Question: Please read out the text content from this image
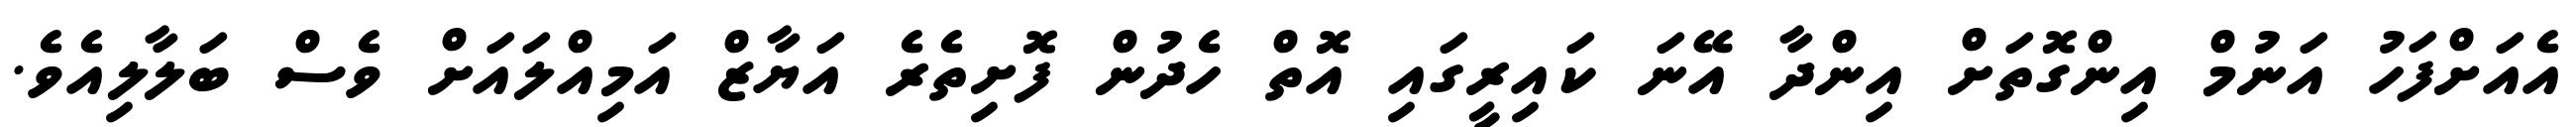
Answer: އެއަށްފަހު އަނުމް އިންގޮތަށް އިންދާ އޭނަ ކައިރީގައި އޮތް ހެދުން ފޮށިތެރެ އަޔާޒް އަމިއްލައަށް ވެސް ބަލާލިއެވެ.